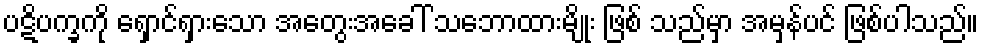
ပဋိပက္ခကို ရှောင်ရှားသော အတွေးအခေါ် သဘောထားမျိုး ဖြစ် သည်မှာ အမှန်ပင် ဖြစ်ပါသည်။